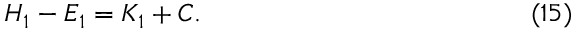
H _ { 1 } - E _ { 1 } = K _ { 1 } + C . \eqno ( 1 5 )